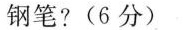
钢笔?(6分)